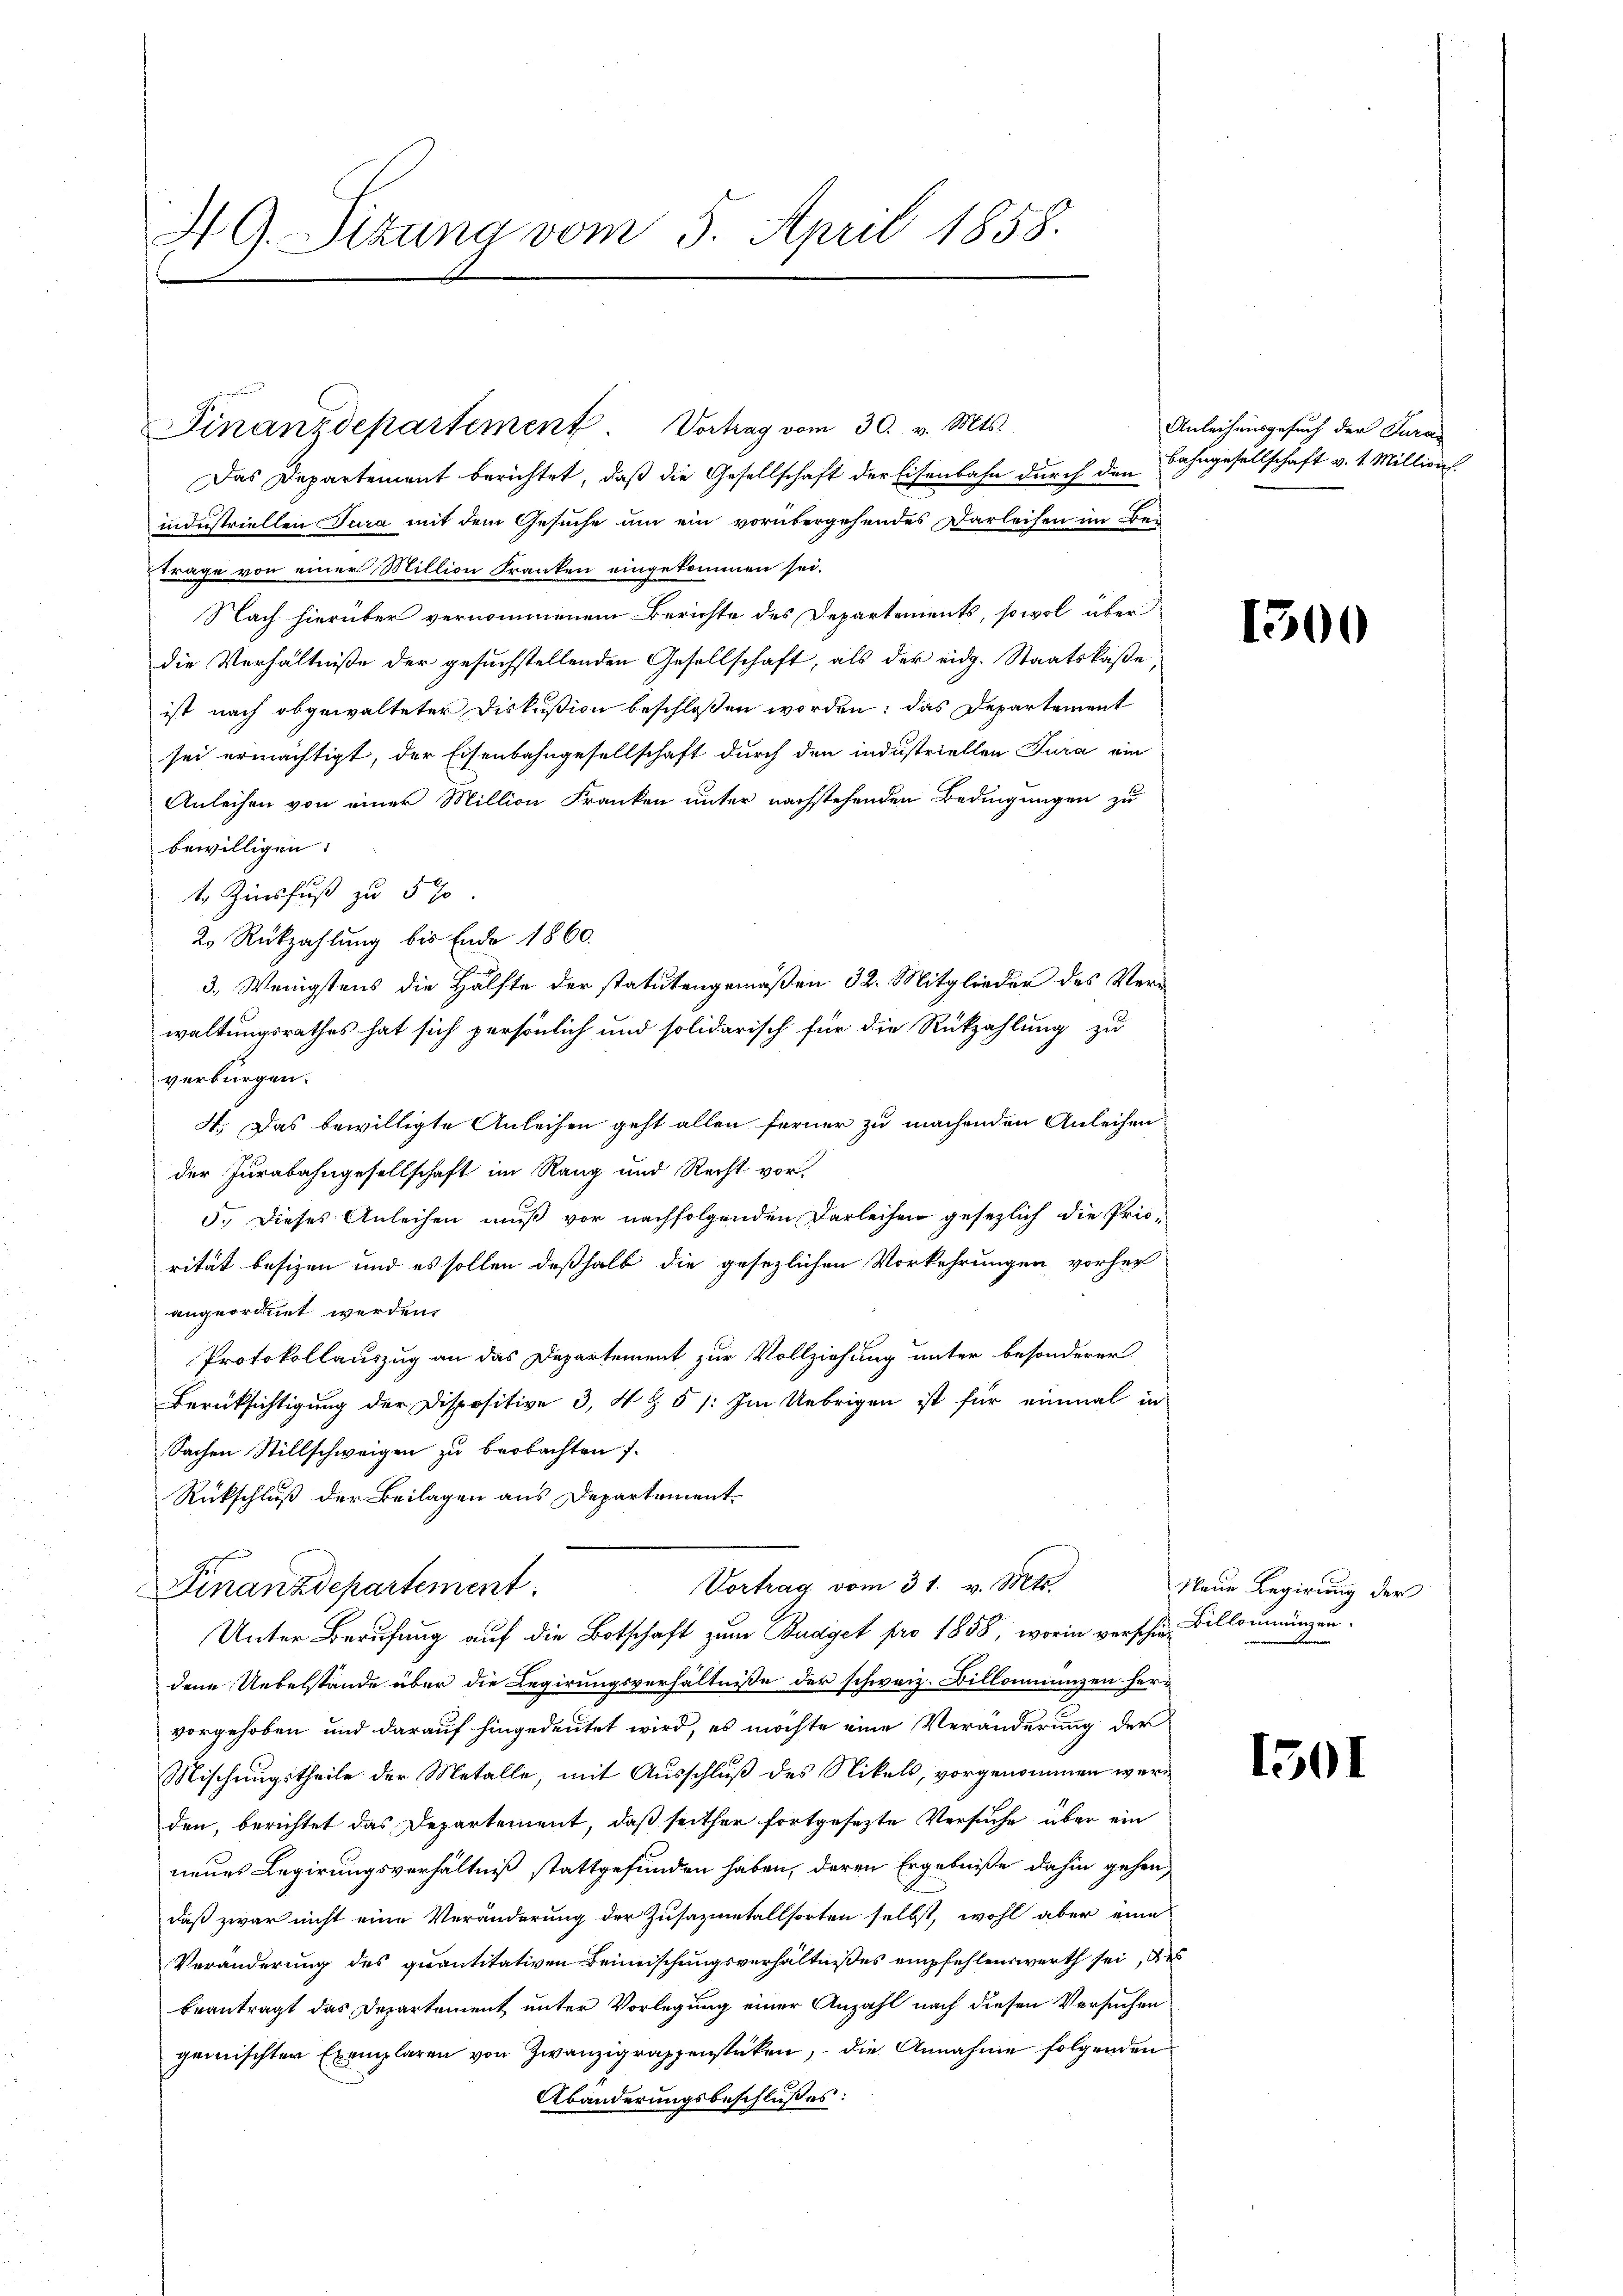
AG. Sitzung vom 5. April 1858.

Finanzdepartement Vortrag vom 30. v. Mts.

Das Departement berichtet, daß die Gesellschaft der Eisenbahn durch den
industriellen Jura mit dem Gesuche um ein vorübergehendes Darleihen im Be¬
Frage von einer Million Franken eingekommen sei.
Nach hierüber vernommenem Berichte des Departements, sowol über
die Verhältniße der gesuchstellenden Gesellschaft, als der eidg. Staatskaße
ist nach abgewalteter Diskußion beschlossen worden; das Departement
sei ermächtigt, der Eisenbahngesellschaft durch den industriellen Jura ein
Anleihen von einer Million Franken unter nachstehenden Bedingungen zu
bewilligen.
t Zinsfuß zu 5 %
2. Rückzahlung bis Ende 1860.
3. Wenigstens die Hälfte der statutengemäßen 32. Mitglieder des Verwaltungsrathes hat sich persönlich und solidarisch für die Rückzahlung zu
verbürgen.
4. Das bewilligte Anleihen geht allen ferner zu machenden Anleihen
der Jurabahngesellschaft im Rang und Recht vor.
5.) Dieses Anleihen muß vor nachfolgenden Darleihen gesezlich die Pris-
rität besizen und es sollen deßhalb die gesezlichen Vorkehrungen vorher
angeordnet werden.
Protokollauszug an das Departement zur Vollziehung unter besonderer
Berüksichtigung der Dispositive 3, 4 § 5 /: Im Uebrigen ist für einmal in
Sachen Stillschweigen zu beobachten
Rückschluß der Beilagen aus Departement.
Vortrag vom 31. v. Mts.
Finanzdepartement.
Unter Berufung auf die Botschaft zum Budget pro 1858, worin verschien Billeumungen.
dene Uebelstände über die Regierungsverhältnisse der schweiz. Billonienzen hervorgehoben und darauf hingedeutet wird, es möchte eine Veränderung der
Mischungstheile der Metalle, mit Ausschluß des Nikels, vorgenommen werden, berichtet das Departement, daß seither fortgesezte Versuche über ein
neues Legierungsverhältniß stattgefunden haben, deren Ergebniße dahin gehen,
daß zwar nicht eine Veränderung der Zusammetallsorten selbst, wohl aber eine
Veränderung des quantitativen Beimischungsverhältnißes empfehlenswerth sei, des
beantragt das Departement unter Vorlegung einer Anzahl nach diesen Versuchen
gemischter Exemplaren von Zwanzigraphenstücken, – die Annahme folgenden
Abänderungsbeschlußes:

Anleihausgesuch der Juras
Bahngesellschaft v. 1. Million.

1300

Neue Regierung der

150)